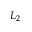
L _ { 2 }